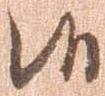
候